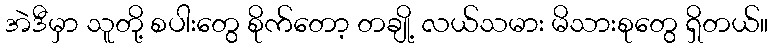
အဲဒီမှာ သူတို့ စပါးတွေ စိုက်တော့ တချို့ လယ်သမား မိသားစုတွေ ရှိတယ်။